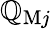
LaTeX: \mathbb{Q}_{\mathrm{{M}}j}